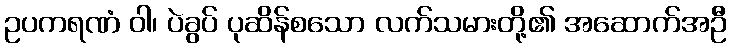
ဥပကရဏံ ဝါ၊ ပဲခွပ် ပုဆိန်စသော လက်သမားတို့၏ အဆောက်အဦ